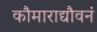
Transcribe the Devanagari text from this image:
कौमाराद्यौवनं